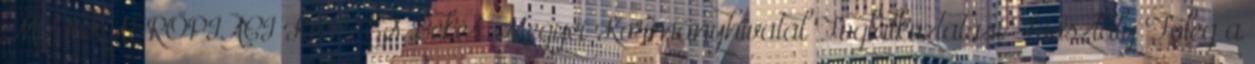
MUNKAERŐPIACI KÉPZÉS Békés Megyei Kormányhivatal Foglalkoztatási Főosztály Főleg a